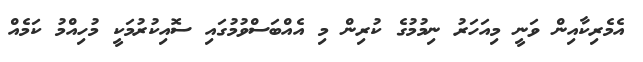
އެމެރިކާއިން ވަނީ މިއަހަރު ނިމުމުގެ ކުރިން މި އެއްބަސްވުމުގައި ސޮއިކުރުމަކީ މުހިއްމު ކަމެއް